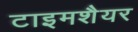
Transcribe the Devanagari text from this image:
टाइमशैयर